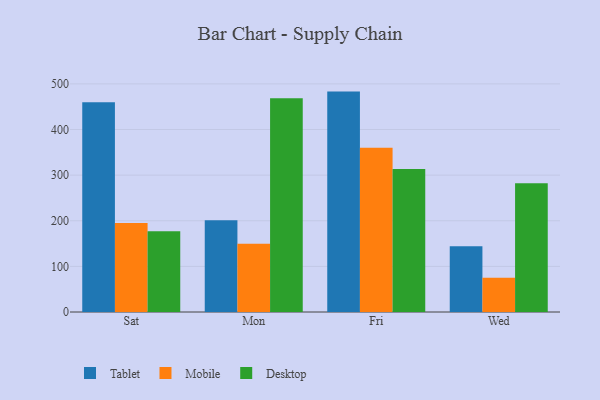
{"axis": {"x": "Day", "y": "Headcount"}, "legend": ["Desktop", "Mobile", "Tablet"], "data": [{"x": "Sat", "y": 459.6, "type": "Tablet"}, {"x": "Sat", "y": 195.2, "type": "Mobile"}, {"x": "Sat", "y": 176.8, "type": "Desktop"}, {"x": "Mon", "y": 201.3, "type": "Tablet"}, {"x": "Mon", "y": 149.6, "type": "Mobile"}, {"x": "Mon", "y": 468.7, "type": "Desktop"}, {"x": "Fri", "y": 483.1, "type": "Tablet"}, {"x": "Fri", "y": 360.2, "type": "Mobile"}, {"x": "Fri", "y": 313.2, "type": "Desktop"}, {"x": "Wed", "y": 144.1, "type": "Tablet"}, {"x": "Wed", "y": 74.9, "type": "Mobile"}, {"x": "Wed", "y": 282.0, "type": "Desktop"}]}